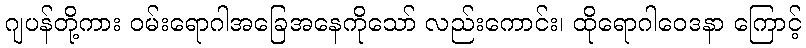
ဂျပန်တို့ကား ဝမ်းရောဂါအခြေအနေကိုသော် လည်းကောင်း၊ ထိုရောဂါဝေဒနာ ကြောင့်